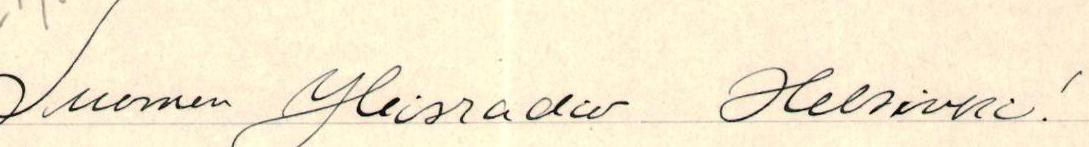
Suomen Yleisradio Helsinki!